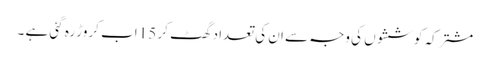
مشترکہ کوششوں کی وجہ سے ان کی تعداد گھٹ کر 15 اب کروڑ رہ گئی ہے ۔